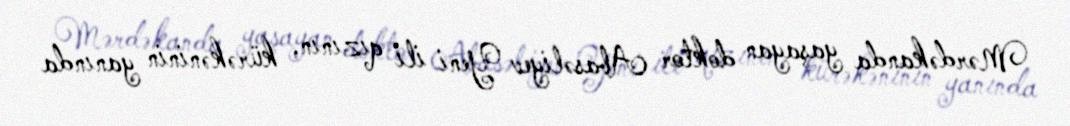
Mərdəkanda yaşayan doktor Abasəliyev Yeni ili qızının, kürəkəninin yanında